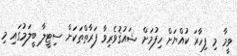
ވީމާ މި ފިހާރަ ކުއްޔަށް ހިފުމަށް ޝައުޤުވެރިވާ ފަރާތްތަކަށް ސިޓީލާ ބީލަމުގައި މި